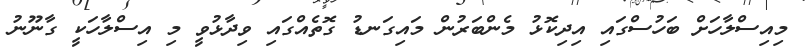
މިއިސްލާހަށް ބަހުސްގައި އިދިކޮޅު މެންބަރުން މައިގަނޑު ގޮތެއްގައި ވިދާޅުވީ މި އިސްލާހަކީ ގާނޫނު